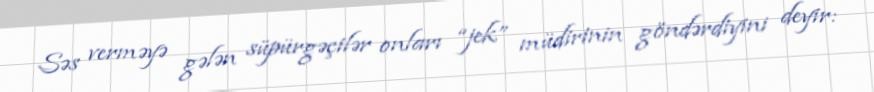
Səs verməyə gələn süpürgəçilər onları “jek” müdirinin göndərdiyini deyir: